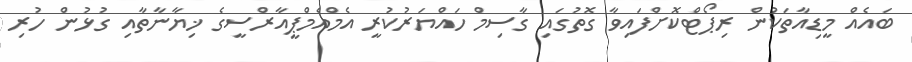
ބައެއް މީޑިއާތަކުން ރިޕޯޓްކޮށްފައިވާ ގޮތުގައި ގާސިމް ހައްޔަރުކުރީ އެމްއެމްޕީއާރްސީގެ ޚިޔާނާތާއި ގުޅުން ހުރި